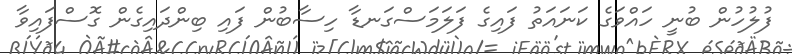
ފުލުހުން ބުނީ ހައްވަގެ ކަނައަތު ފައިގެ ފަލަމަސްގަނޑާ ހިސާބުން ފައި ބިންދައިގެން ގޮސްފައިވާ